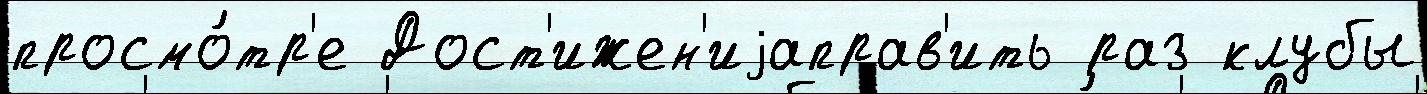
просмо́тр'е Дост'ижен'иjаправ'ить раз клубы